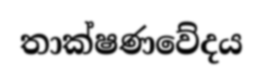
තාක්ෂණවේදය